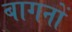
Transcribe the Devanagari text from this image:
बागनों